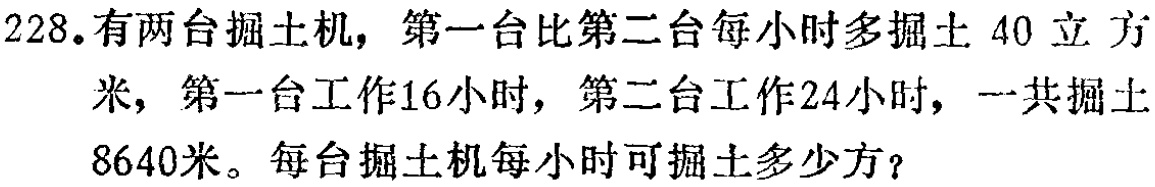
228.有两台掘土机，第一台比第二台每小时多掘土 40 立方米，第一台工作16小时，第二台工作24小时，一共掘土8640米。每台掘土机每小时可掘土多少方？